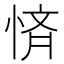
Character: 𭝚